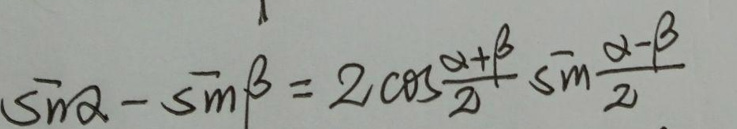
\[\sin\alpha - \sin\beta = 2\cos\frac{\alpha+\beta}{2}\sin\frac{\alpha - \beta}{2}\]